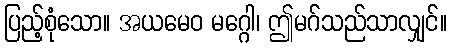
ပြည့်စုံသော။ အယမေဝ မဂ္ဂေါ၊ ဤမဂ်သည်သာလျှင်။